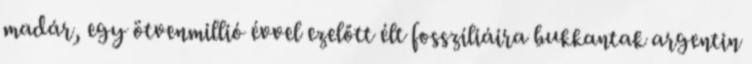
madár, egy ötvenmillió évvel ezelőtt élt fosszíliáira bukkantak argentin